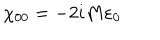
\chi _ { 0 0 } = - 2 i M \varepsilon _ { 0 }